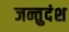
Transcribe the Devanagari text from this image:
जन्तुदंश